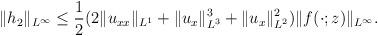
LaTeX: \begin{align*}\begin{aligned}\|h_{2 }\|_{L^\infty} \leq\frac{1}{2}(2\|u_{xx}\|_{L^1}+\|u_x\|^3_{L^3}+\|u_x\|^2_{L^2})\|f(\cdot; z)\|_{L^{\infty}}.\end{aligned}\end{align*}